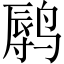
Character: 𲎁